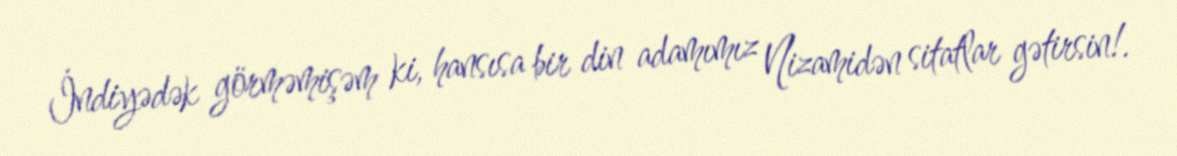
İndiyədək görməmişəm ki, hansısa bir din adamımız Nizamidən sitatlar gətirsin!.